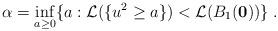
LaTeX: \begin{align*}\alpha = \inf_{a \ge 0} \{ a : \mathcal{L}(\{ u^2 \ge a \}) < \mathcal{L}(B_1(\mathbf{0}) ) \} \; .\end{align*}